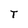
Character: T